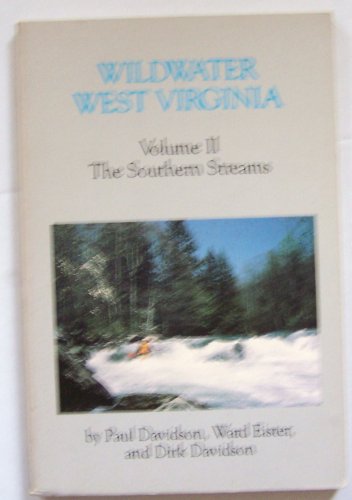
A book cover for Wildwater West Virginia; Paul Davidson; Travel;